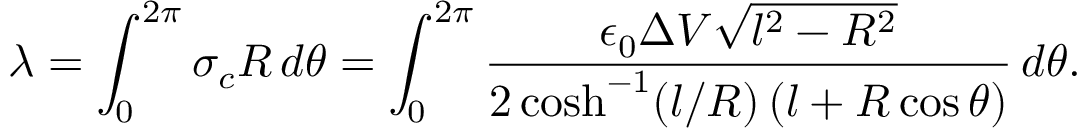
\lambda = \int _ { 0 } ^ { 2 \pi } \sigma _ { c } R \, d \theta = \int _ { 0 } ^ { 2 \pi } \frac { \epsilon _ { 0 } \Delta V \sqrt { l ^ { 2 } - R ^ { 2 } } } { 2 \cosh ^ { - 1 } ( l / R ) \, ( l + R \cos \theta ) } \, d \theta .